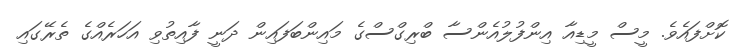
ކޮށްފައެވެ. މީސް މީޑިއާ އިންފުލުއެންސާ ބްރިގްސްގެ މައިންބަފައިން ދަނީ ފާއިތުވި އަހަރެއްގެ ތެރޭގައި